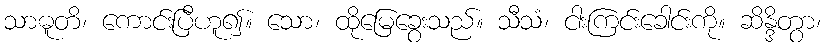
သာဓူတိ၊ ကောင်းပြီဟူ၍။ သော၊ ထိုမြေခွေးသည်။ သီသံ၊ ငါးကြင်းခေါင်းကို။ ဆိန္ဒိတွာ၊